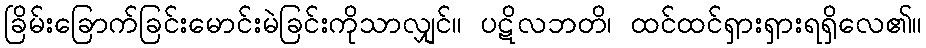
ခြိမ်းခြောက်ခြင်းမောင်းမဲခြင်းကိုသာလျှင်။ ပဋိလဘတိ၊ ထင်ထင်ရှားရှားရရှိလေ၏။